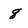
Character: 8